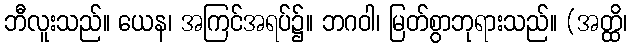
ဘီလူးသည်။ ယေန၊ အကြင်အရပ်၌။ ဘဂဝါ၊ မြတ်စွာဘုရားသည်။ (အတ္ထိ၊